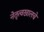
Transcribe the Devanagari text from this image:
नेतृत्वखालचे